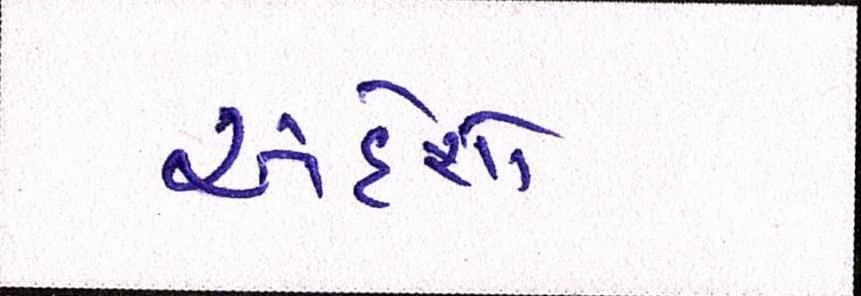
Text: અંદેશો